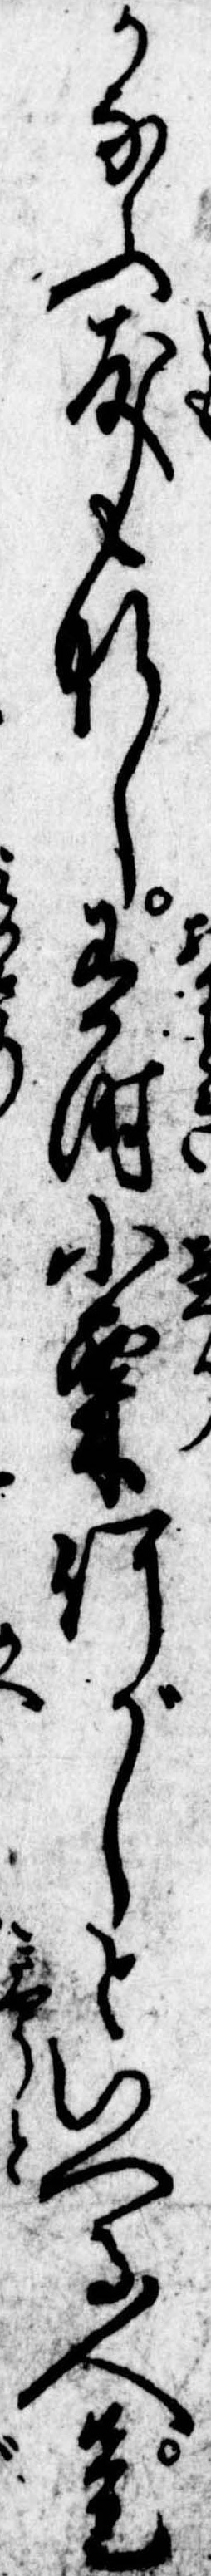
かなふ友もなし有時小栗何がしといへる人是